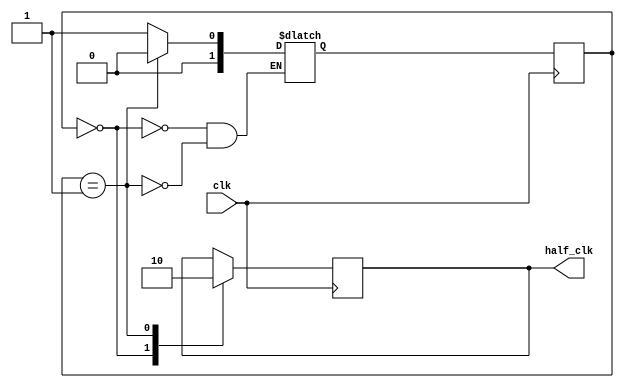
module clk_halfer(
	input clk,
	output reg half_clk
	);

reg [1:0]S = CLK_HIGH, NS;

parameter CLK_HIGH = 2'd0, CLK_LOW = 2'd1;

always@(posedge clk)
begin
	S <= NS;
end

always@(*)
begin
	case(S)
		CLK_HIGH: NS = CLK_LOW;
		CLK_LOW:  NS = CLK_HIGH;
	endcase
end

always@(posedge clk)
begin
	case(S)
		CLK_HIGH: half_clk <= 1'b1;
		CLK_LOW: half_clk <= 1'b0;
	endcase
end

endmodule